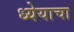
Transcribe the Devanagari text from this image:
ध्येयाचा